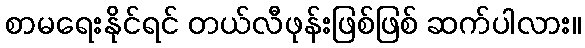
စာမရေးနိုင်ရင် တယ်လီဖုန်းဖြစ်ဖြစ် ဆက်ပါလား။